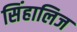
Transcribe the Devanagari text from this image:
सिंहालिज